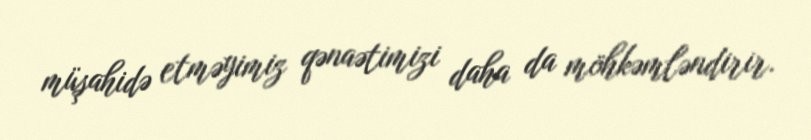
müşahidə etməyimiz qənaətimizi daha da möhkəmləndirir.